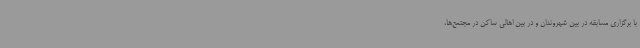
با برگزاری مسابقه در بین شهروندان و در بین اهالی ساکن در مجتمع‌ها،